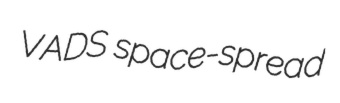
VADS space-spread